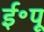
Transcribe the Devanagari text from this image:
ई॰पू